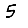
Digit: 5